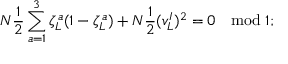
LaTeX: N \frac { 1 } { 2 } \sum _ { a = 1 } ^ { 3 } \zeta _ { L } ^ { a } ( 1 - \zeta _ { L } ^ { a } ) + N \frac { 1 } { 2 } ( v _ { L } ^ { I } ) ^ { 2 } = 0 \ \ \bmod 1 ;